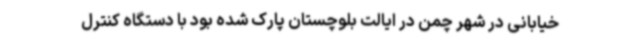
خیابانی در شهر چمن در ایالت بلوچستان پارک شده بود با دستگاه کنترل